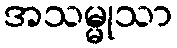
အသမ္မုသာ